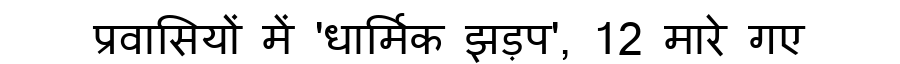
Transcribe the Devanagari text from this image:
प्रवासियों में 'धार्मिक झड़प', 12 मारे गए